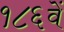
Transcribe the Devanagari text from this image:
१८६वें